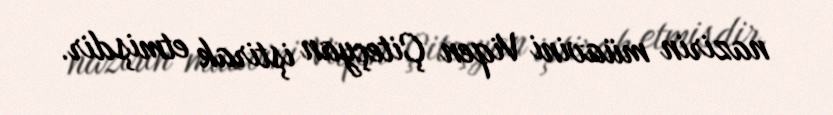
nazirin müavini Viqen Çiteçyan iştirak etmişdir.